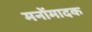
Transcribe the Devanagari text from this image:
मनोंमादक